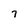
Character: 7